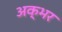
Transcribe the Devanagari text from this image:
अक्भर